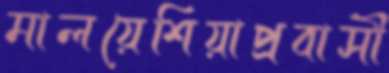
মালয়েশিয়াপ্রবাসী